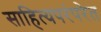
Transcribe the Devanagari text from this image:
साहित्यपरंपरेत